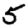
Digit: 5